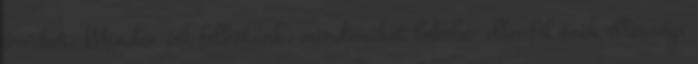
érveket. Minden írt felkötünk, mindenüket bekebe- ellenfél örök ellenség: